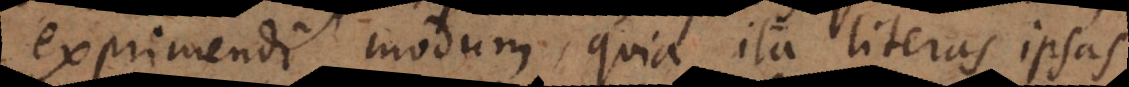
exprimendi modum, quia ita literas ipsas